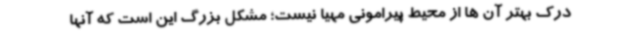
درک بهتر آن ها از محیط پیرامونی مهیا نیست؛ مشکل بزرگ این است که آنها